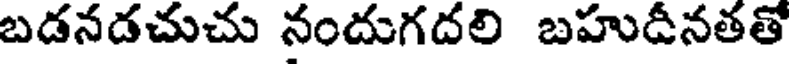
బడనడచుచు నందుగదలి బహుదీనతతో